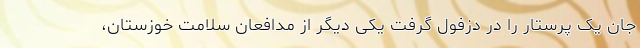
جان یک پرستار را در دزفول گرفت یکی دیگر از مدافعان سلامت خوزستان،